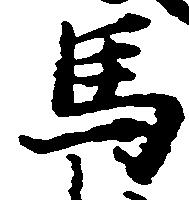
馬